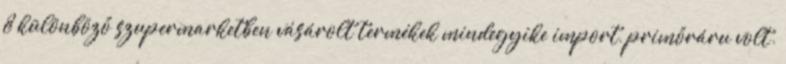
8 különböző szupermarketben vásárolt termékek mindegyike import, primőráru volt.